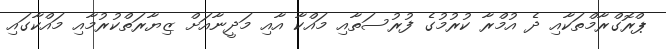
ޕްރޮގްރާމްތަކާއި ދެ އުމްރާ ކުރުމުގެ ފުރުސަތާއި މައްކާ އާއި މަދީނާއަށް ޒިޔާރަތްކުރުމާއި މައްކާގައި